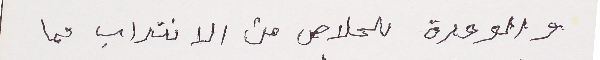
والوحدة للحلاص من الانتداب مما